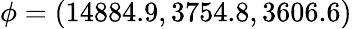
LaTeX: \phi=(14884.9,3754.8,3606.6)